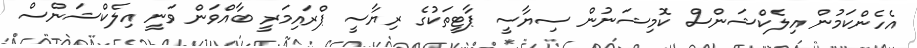
އެހެންކަމުން އިލެކްޝަންސް ކޮމިޝަނުން ސިޔާސީ ޕާޓީތަކުގެ ރިޔާސީ ޕްރައިމަރީ ބާއްވަން ވަނީ އިލެކްޝަންސް